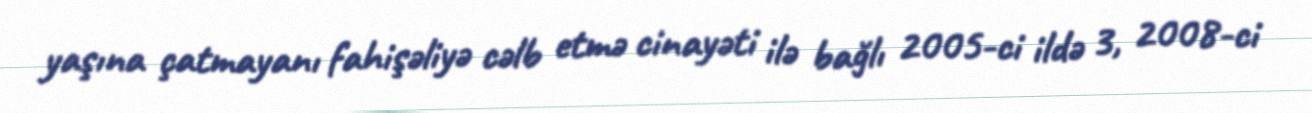
yaşına çatmayanı fahişəliyə cəlb etmə cinayəti ilə bağlı 2005-ci ildə 3, 2008-ci